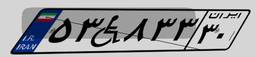
۵۳W۸۳۳۳۰